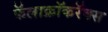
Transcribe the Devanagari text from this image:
फॅलाक्रॉकरॅक्स